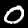
Digit: 0